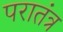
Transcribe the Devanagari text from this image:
परातंत्र